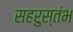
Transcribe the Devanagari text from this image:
सहरुस्तंभ